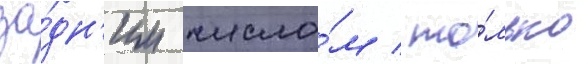
за́дн'им число́м / то́лько